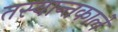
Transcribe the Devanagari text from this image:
तस्यान्तकाले